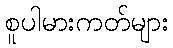
စူပါမားကတ်များ